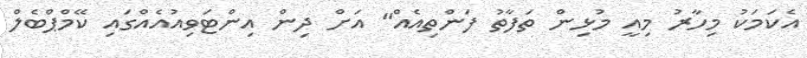
އެކަމަކު މިހާރު މިއީ މުޅިން ތަފާތު ފަންތިއެއް" އަށް ދިން އިންޓަވިއުއެއްގައި ކޭމްޕްބެލް